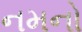
નમનો